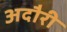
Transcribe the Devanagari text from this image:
अदौरी